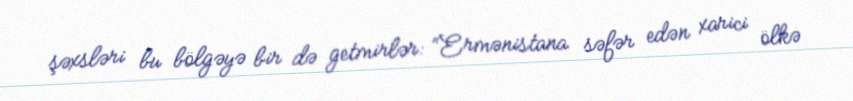
şəxsləri bu bölgəyə bir də getmirlər: “Ermənistana səfər edən xarici ölkə